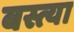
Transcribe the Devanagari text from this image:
बस्त्या